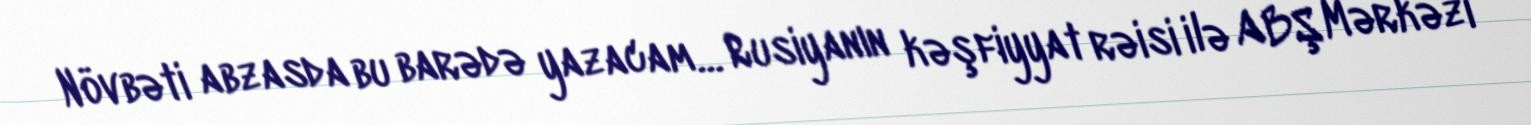
Növbəti abzasda bu barədə yazacam… Rusiyanın kəşfiyyat rəisi ilə ABŞ Mərkəzi